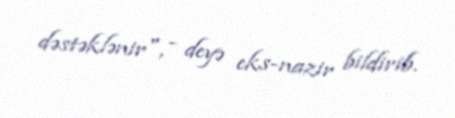
dəstəklənir", - deyə eks-nazir bildirib.